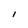
Character: i